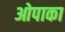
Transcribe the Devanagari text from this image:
ओपाका